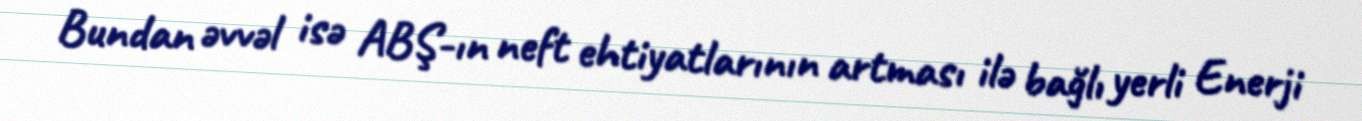
Bundan əvvəl isə ABŞ-ın neft ehtiyatlarının artması ilə bağlı yerli Enerji